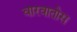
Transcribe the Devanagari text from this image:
वारवातोस